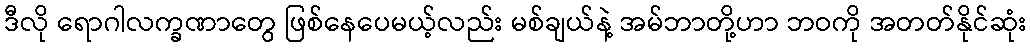
ဒီလို ရောဂါလက္ခဏာတွေ ဖြစ်နေပေမယ့်လည်း မစ်ချယ်နဲ့ အမ်ဘာတို့ဟာ ဘဝကို အတတ်နိုင်ဆုံး